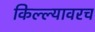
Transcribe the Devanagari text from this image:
किल्ल्यावरच